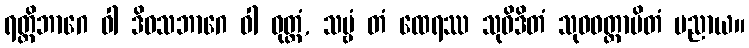
ရတ္တိဘာဂေ ဝါ ဒိဝသဘာဂေ ဝါ ဝုတ္တံ, သဗ္ဗံ တံ ထေရဿ သုဝိဒိတံ သုဝဝတ္ထာပိတံ ပညာယ။